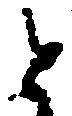
と